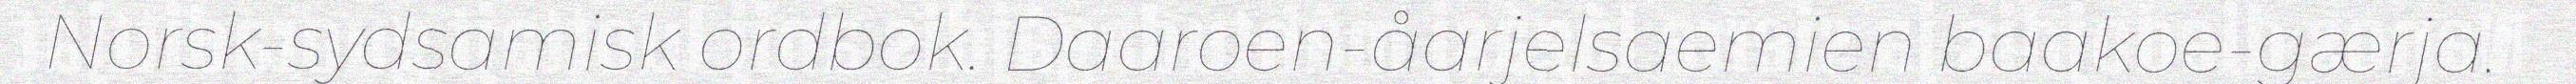
Norsk-sydsamisk ordbok. Daaroen-åarjelsaemien baakoe-gærja.